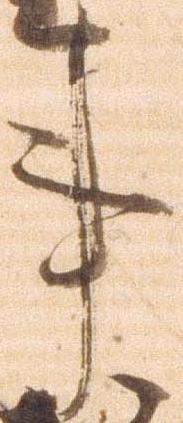
事